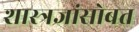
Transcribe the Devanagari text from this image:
शास्त्रज्ञांसोबत